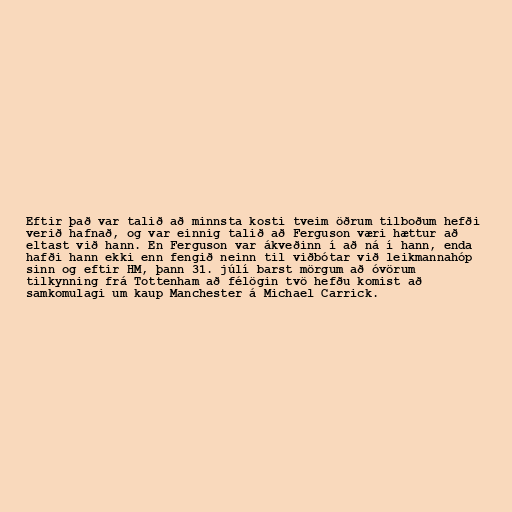
Eftir það var talið að minnsta kosti tveim öðrum tilboðum hefði
verið hafnað, og var einnig talið að Ferguson væri hættur að
eltast við hann. En Ferguson var ákveðinn í að ná í hann, enda
hafði hann ekki enn fengið neinn til viðbótar við leikmannahóp
sinn og eftir HM, þann 31. júlí barst mörgum að óvörum
tilkynning frá Tottenham að félögin tvö hefðu komist að
samkomulagi um kaup Manchester á Michael Carrick.